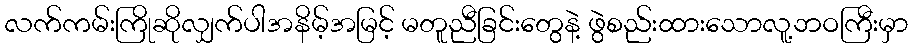
လက်ကမ်းကြိုဆိုလျှက်ပါအနိမ့်အမြင့် မတူညီခြင်းတွေနဲ့ ဖွဲစည်းထားသောလူ့ဘဝကြီးမှာ